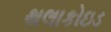
થલાકોઇડ